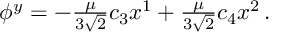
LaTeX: \phi ^ { y } = - \textstyle { \frac { \mu } { 3 \sqrt { 2 } } } c _ { 3 } x ^ { 1 } + \textstyle { \frac { \mu } { 3 \sqrt { 2 } } } c _ { 4 } x ^ { 2 } \, .